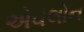
એવલોન